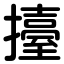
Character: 擡